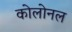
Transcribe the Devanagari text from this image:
कोलोनल